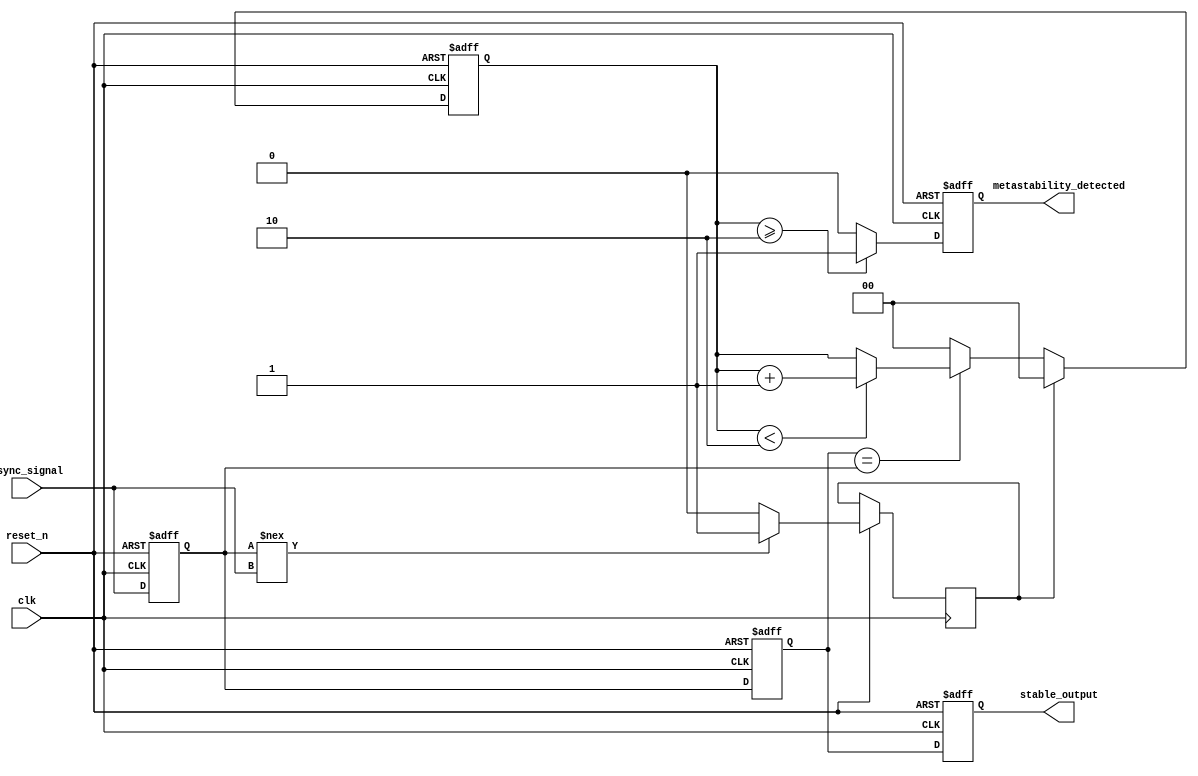
module metastability_detector (
    input wire clk,                  // Synchronous clock signal
    input wire reset_n,              // Active low reset signal
    input wire async_signal,          // Asynchronous input signal
    output reg metastability_detected, // Metastability detected flag
    output reg stable_output          // Stable output after synchronization
);

    // Parameters
    parameter STABLE_CYCLES = 3;     // Number of stable cycles to assert metastability_detected
    reg [1:0] stable_counter;          // Counter to count stable cycles
    reg async_reg1;                   // First flip-flop output
    reg async_reg2;                   // Second flip-flop output
    reg pulse;                        // Pulse signal generation

    // Flip-flops sampling the asynchronous signal
    always @(posedge clk or negedge reset_n) begin
        if (!reset_n) begin
            async_reg1 <= 1'b0;
            async_reg2 <= 1'b0;
            stable_output <= 1'b0;
            metastability_detected <= 1'b0;
            stable_counter <= 0;
        end else begin
            async_reg1 <= async_signal; // Capture async signal
            async_reg2 <= async_reg1;    // Synchronize to the clock
            stable_output <= async_reg2;  // Output stable signal
            
            // Generate pulse when async_reg1 changes
            if (async_reg1 !== async_signal) begin
                pulse <= 1'b1; // pulse signal is asserted
            end else begin
                pulse <= 1'b0; // pulse signal is deasserted
            end
            
            // Metastability detection logic
            if (pulse) begin
                stable_counter <= 0; // Reset counter on pulse
            end else begin
                if (async_reg2 == async_reg1) begin
                    // Increment stable counter if stable
                    if (stable_counter < STABLE_CYCLES - 1) begin
                        stable_counter <= stable_counter + 1;
                    end
                end else begin
                    stable_counter <= 0; // Reset counter if not stable
                end
            end

            // Assert metastability_detected if stable for defined cycles
            if (stable_counter >= STABLE_CYCLES - 1) begin
                metastability_detected <= 1'b1;
            end else begin
                metastability_detected <= 1'b0;
            end
        end
    end

endmodule